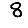
Digit: 8